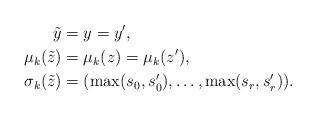
LaTeX: \begin{align*} \tilde{y} &= y = y',\\ \mu_k(\tilde{z})&=\mu_k(z)=\mu_k(z'),\\ \sigma_k(\tilde{z}) &= (\max(s_0,s'_0),\dots,\max(s_r,s'_r)). \end{align*}